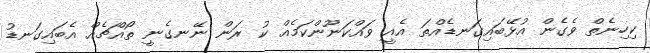
ކިހިނެތް ވެގެން އުޅޭބައިގަނޑެއްތަ އެއީ ވައްކަނޫންކަމެއް ކު ރަން ނޭނގެނީ ތޯއްޗެއް އެބައިގަނޑު